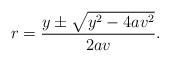
LaTeX: \begin{align*} r = \frac{y \pm \sqrt{y^2 - 4av^2}}{2av}.\end{align*}